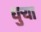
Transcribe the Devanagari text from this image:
धुर्‍या